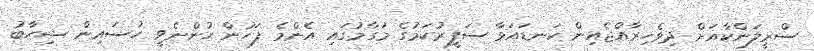
ސްރީލަންކާއަށް ދިވެހިރާއްޖެއިން ކަނޑައަޅާ ސަފީރުކަމުގެ މަގާމުގައި އެންމެ ފަހުން ހުންނެވީ ހުސައިން ޝިހާބު